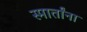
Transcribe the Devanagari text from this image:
स्मार्तांना